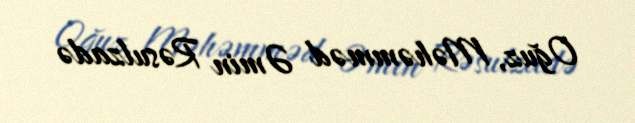
Oğuz, Məhəmməd Əmin Rəsulzadə